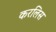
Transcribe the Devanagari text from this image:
करलिस